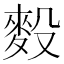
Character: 𪌓